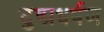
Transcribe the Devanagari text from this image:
दुष्प्रधर्षण